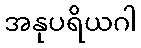
အနုပရိယဂါ